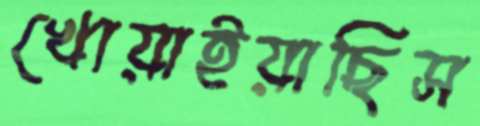
খোয়াইয়াছিস